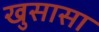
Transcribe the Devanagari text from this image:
खुसासा